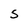
Character: S